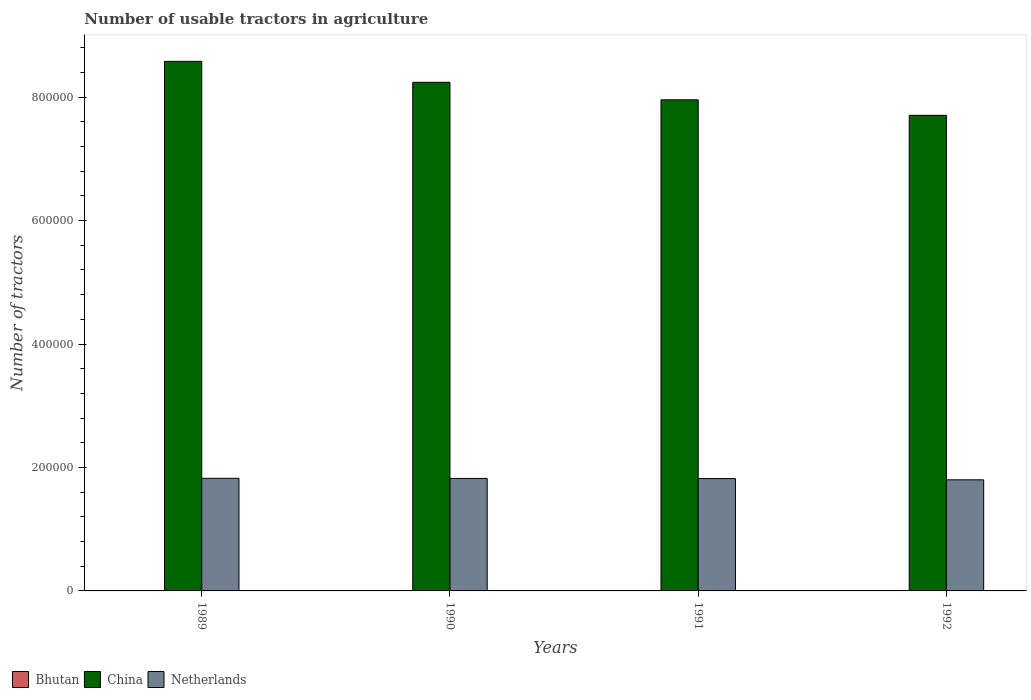
| Years | Bhutan | China | Netherlands |
 | --- | --- | --- | --- |
 | 1989 | 40 | 8.58e+05 | 1.82e+05 |
 | 1990 | 50 | 8.24e+05 | 1.82e+05 |
 | 1991 | 60 | 7.96e+05 | 1.82e+05 |
 | 1992 | 70 | 7.71e+05 | 1.8e+05 |